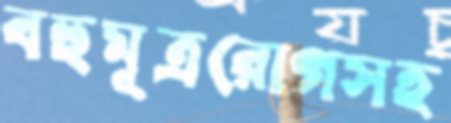
বহুমূত্ররোগসহ